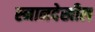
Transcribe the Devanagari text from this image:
स्नानदेखील